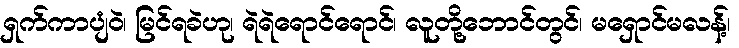
ရှက်ကာပျံဝဲ၊ မြင်ရခဲဟု၊ ရဲရဲရောင်ရောင်၊ လူတို့ဘောင်တွင်၊ မရှောင်မလန့်၊